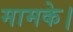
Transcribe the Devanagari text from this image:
मामके।